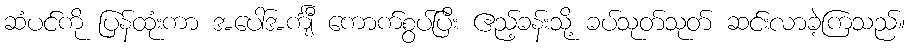
ဆံပင်ကို ပြန်ထုံးကာ အပေါ်အင်္ကျီ ကောက်စွပ်ပြီး ဧည့်ခန်းသို့ ခပ်သုတ်သုတ် ဆင်းလာခဲ့ကြသည်။